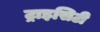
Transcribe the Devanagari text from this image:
ट्राइसिटी